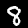
Digit: 8